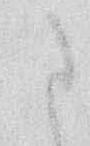
に